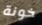
خونة